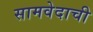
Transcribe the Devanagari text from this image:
सामवेदाची